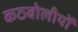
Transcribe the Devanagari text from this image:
कठबोलीयों